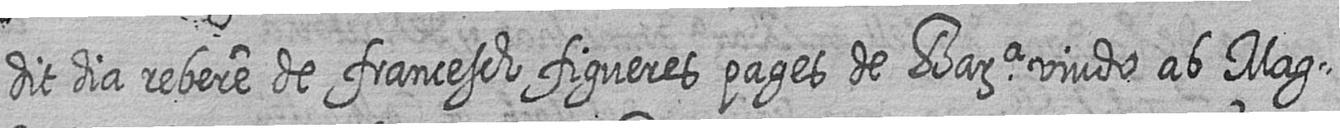
dit dia rebere de francesch figueres pages de Bara viudo ab Mag=